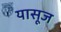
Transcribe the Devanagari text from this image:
यासूज